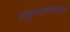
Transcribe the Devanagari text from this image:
शत्रुत्वामधील